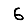
Digit: 6